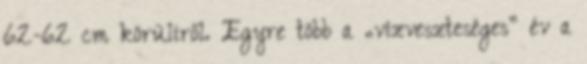
62-62 cm körüliről. Egyre több a „vízveszteséges” év a